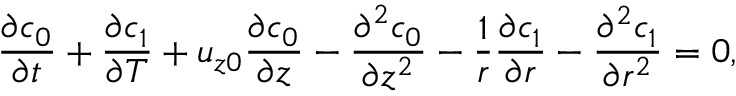
\frac { \partial c _ { 0 } } { \partial t } + \frac { \partial c _ { 1 } } { \partial T } + u _ { z 0 } \frac { \partial c _ { 0 } } { \partial z } - \frac { \partial ^ { 2 } c _ { 0 } } { \partial z ^ { 2 } } - \frac { 1 } { r } \frac { \partial c _ { 1 } } { \partial r } - \frac { \partial ^ { 2 } c _ { 1 } } { \partial r ^ { 2 } } = 0 ,